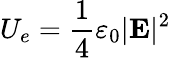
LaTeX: U_{e}=\frac{1}{4}\varepsilon_{0}|\mathbf{E}|^{2}